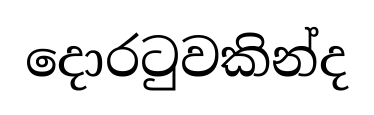
දොරටුවකින්ද